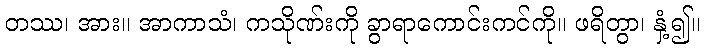
တဿ၊ အား။ အာကာသံ၊ ကသိုဏ်းကို ခွာရာကောင်းကင်ကို။ ဖရိတွာ၊ နှံ့၍။